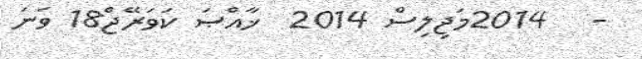
-   2014މަޖިލިސް 2014  ޚާއްޞަ ކަވަރޭޖް18 ވަނަ